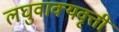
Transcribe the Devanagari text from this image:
लघुवाक्यवृत्ती